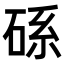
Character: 𥒶